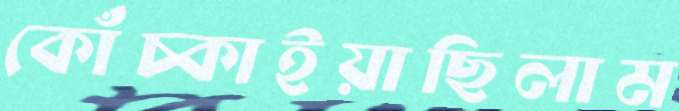
কোঁচ্‌কাইয়াছিলাম